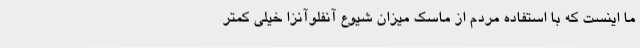
ما اینست که با استفاده مردم از ماسک میزان شیوع آنفلوآنزا خیلی کمتر